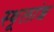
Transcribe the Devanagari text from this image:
स्थूलांश